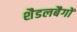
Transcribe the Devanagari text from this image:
शैडलबैगों